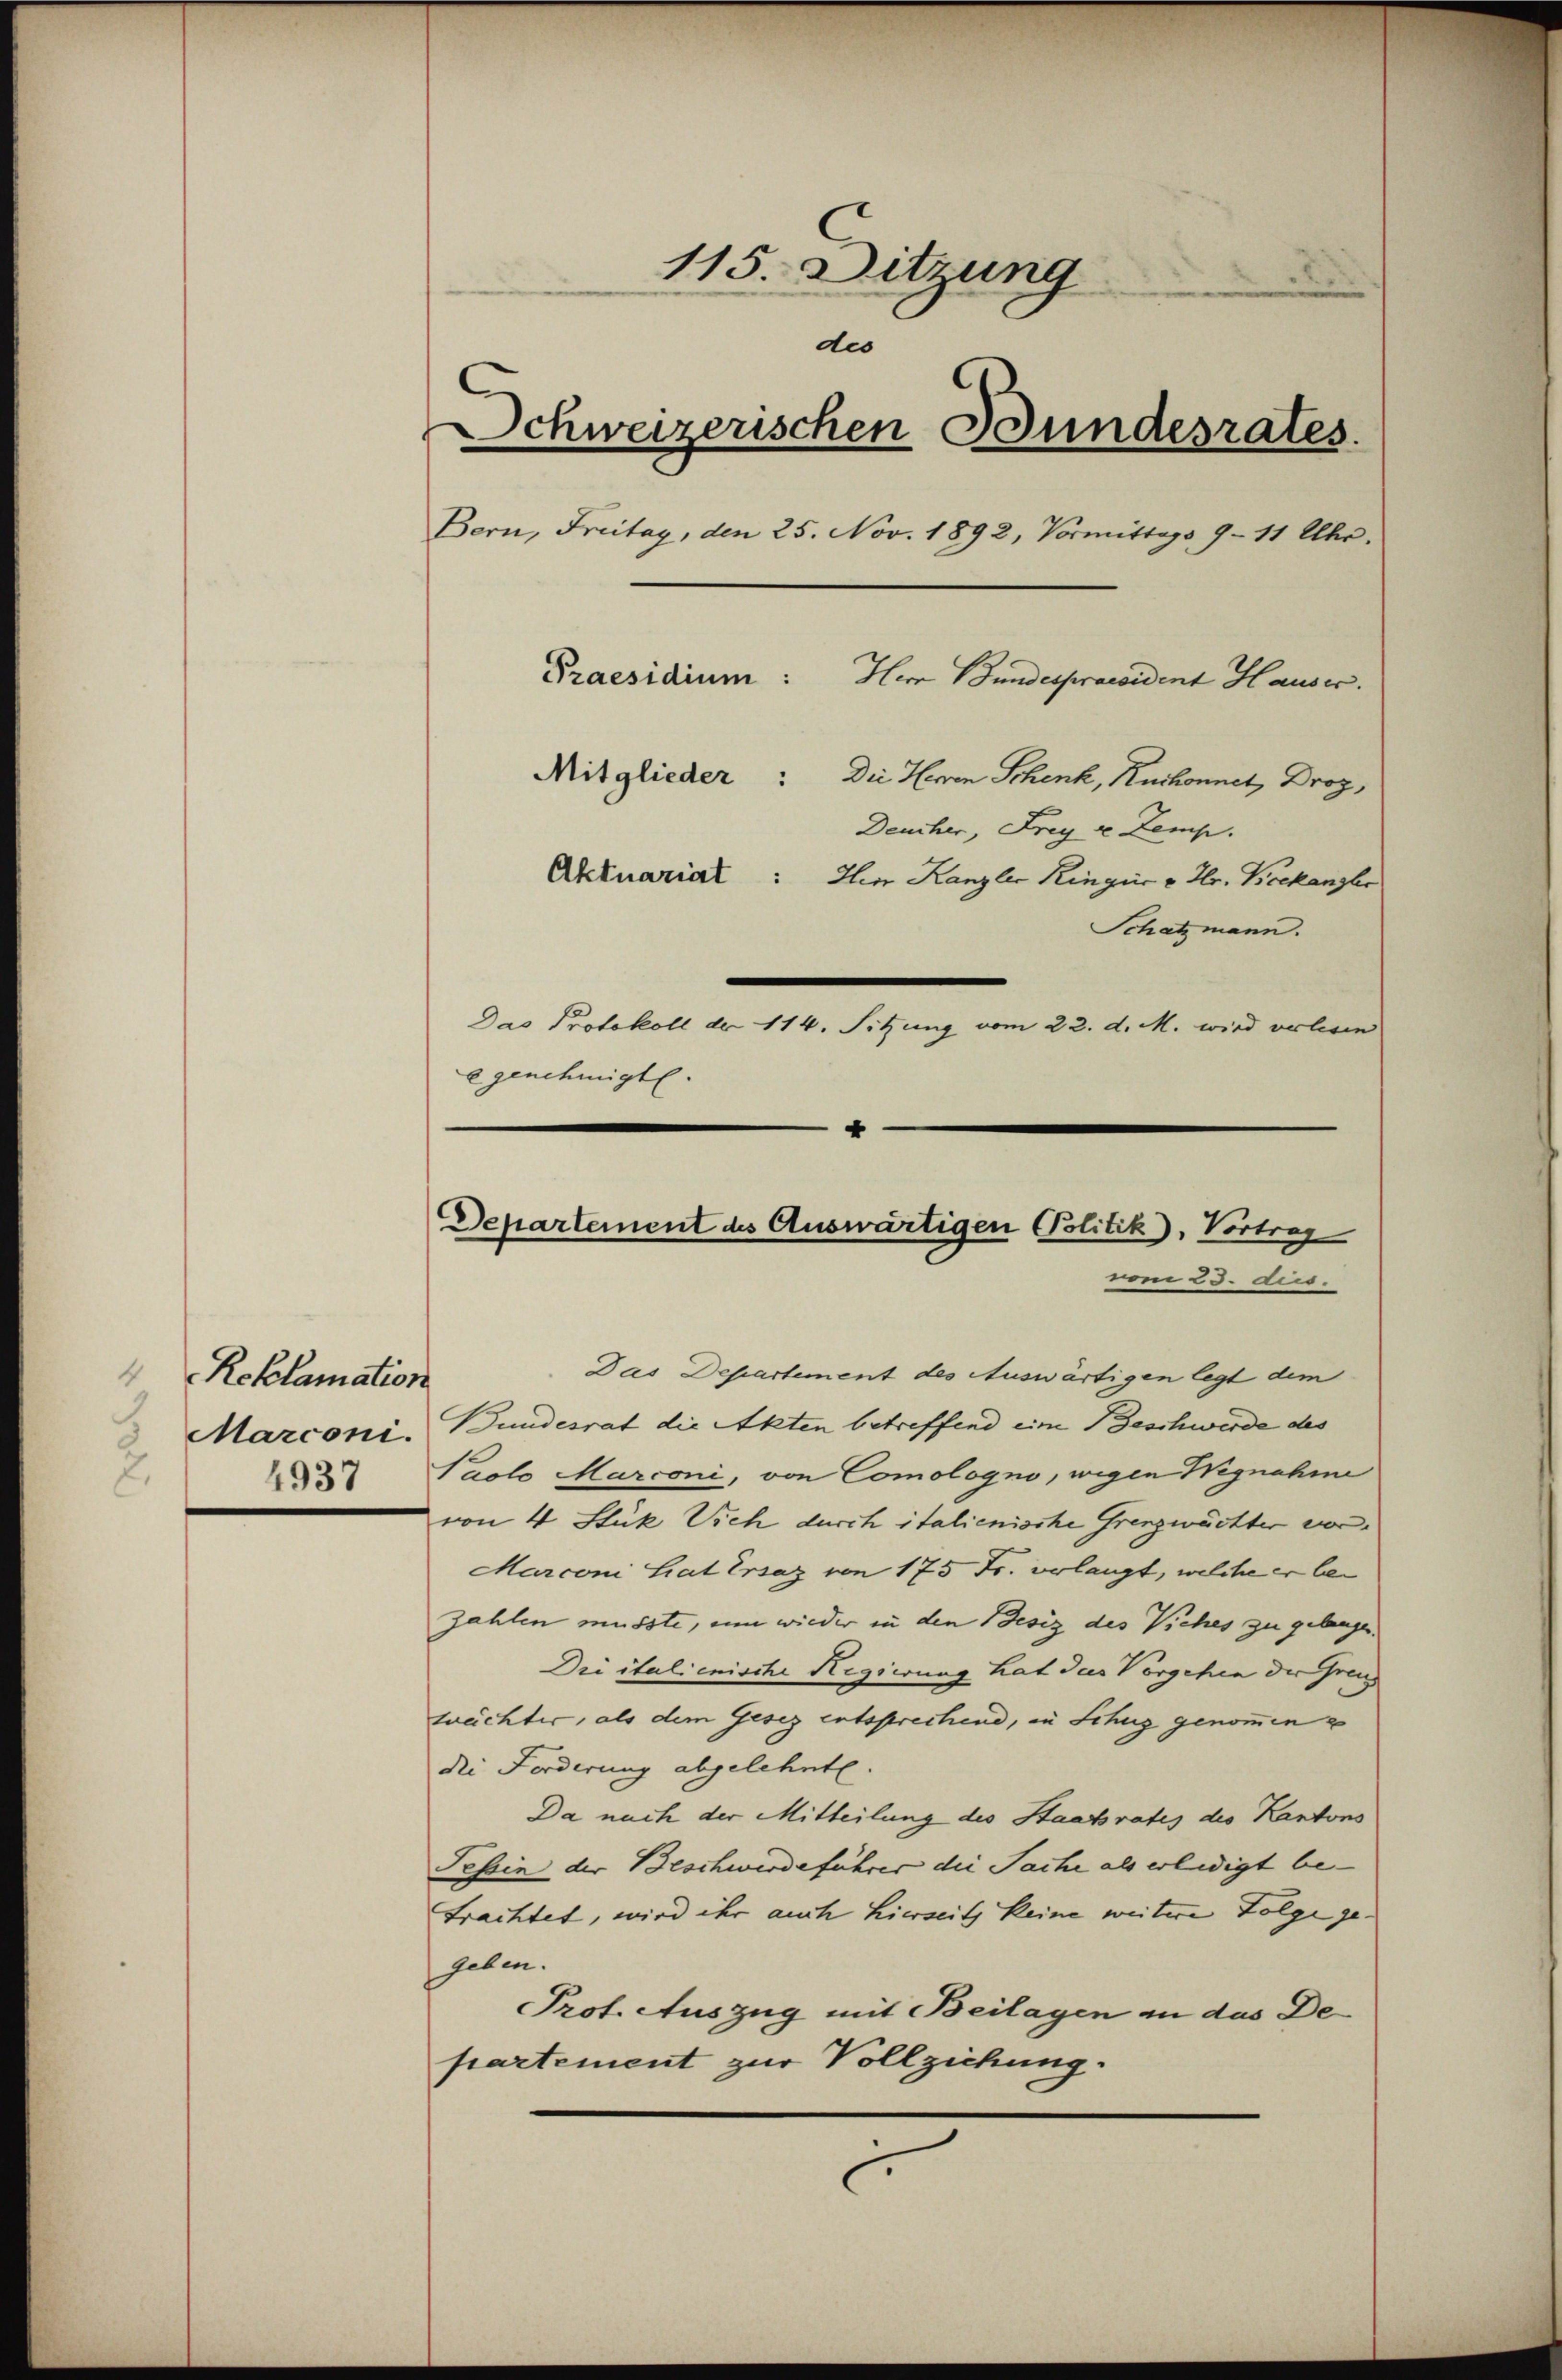
Reklamation
Marconi.
4937
2.

115. Sitzung
des
Schweizerischen Bundesrates.
Bern, Freitag, den 25. Nov. 1892, Vormittags 9 - 11 Uhr.
Praesidium:
Herr Bundespraesident Hauser.
Mitglieder: Die Herrn Schenk, Ruchonnet, Droz,
Deucher, Frey ve Zemp.
Aktuariat: Ein Kanzler Ringer v. Hr. Bockanzler
Schatzmann.
Das Protokoll der 114. Sitzung vom 22. d. M. wird verlesen
egenehmigt.
4

Departement des Auswärtigen Politik, Vortrag
vom 23. dir.

Das Departement des Auswärtigen legt dem
Bundesrat die Akten betreffend eine Beschwerde des
Paolo Marconi, von Comologno, wegen Wegnahme
von 4 Stük Vieh durch italienische Grenzwächter von
Marconi hat Ersaz von 175 Fr. verlangt, welche er bei
zahlen müsste, um wieder in den Besiz des Viehes zu gelangen.
Die italienische Regierung hat das Vorgehen der Grenz
wächter, als dem Gesez entsprechend, in Schuz genommen
die Forderung abgelehnte
Da nach der Mitteilung des Staatsrates des Kantons
Tessin der Beschwerdeführer die Sache als erledigt betrachtet, wird ihr auch hierseits keine weitere Folge ge-
geben.
Prot. Auszug mit Beilagen an das Departement zur Vollziehung.
l